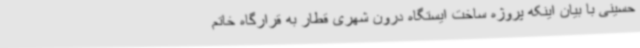
حسینی با بیان اینکه پروژه ساخت ایستگاه درون شهری قطار به قرارگاه خاتم